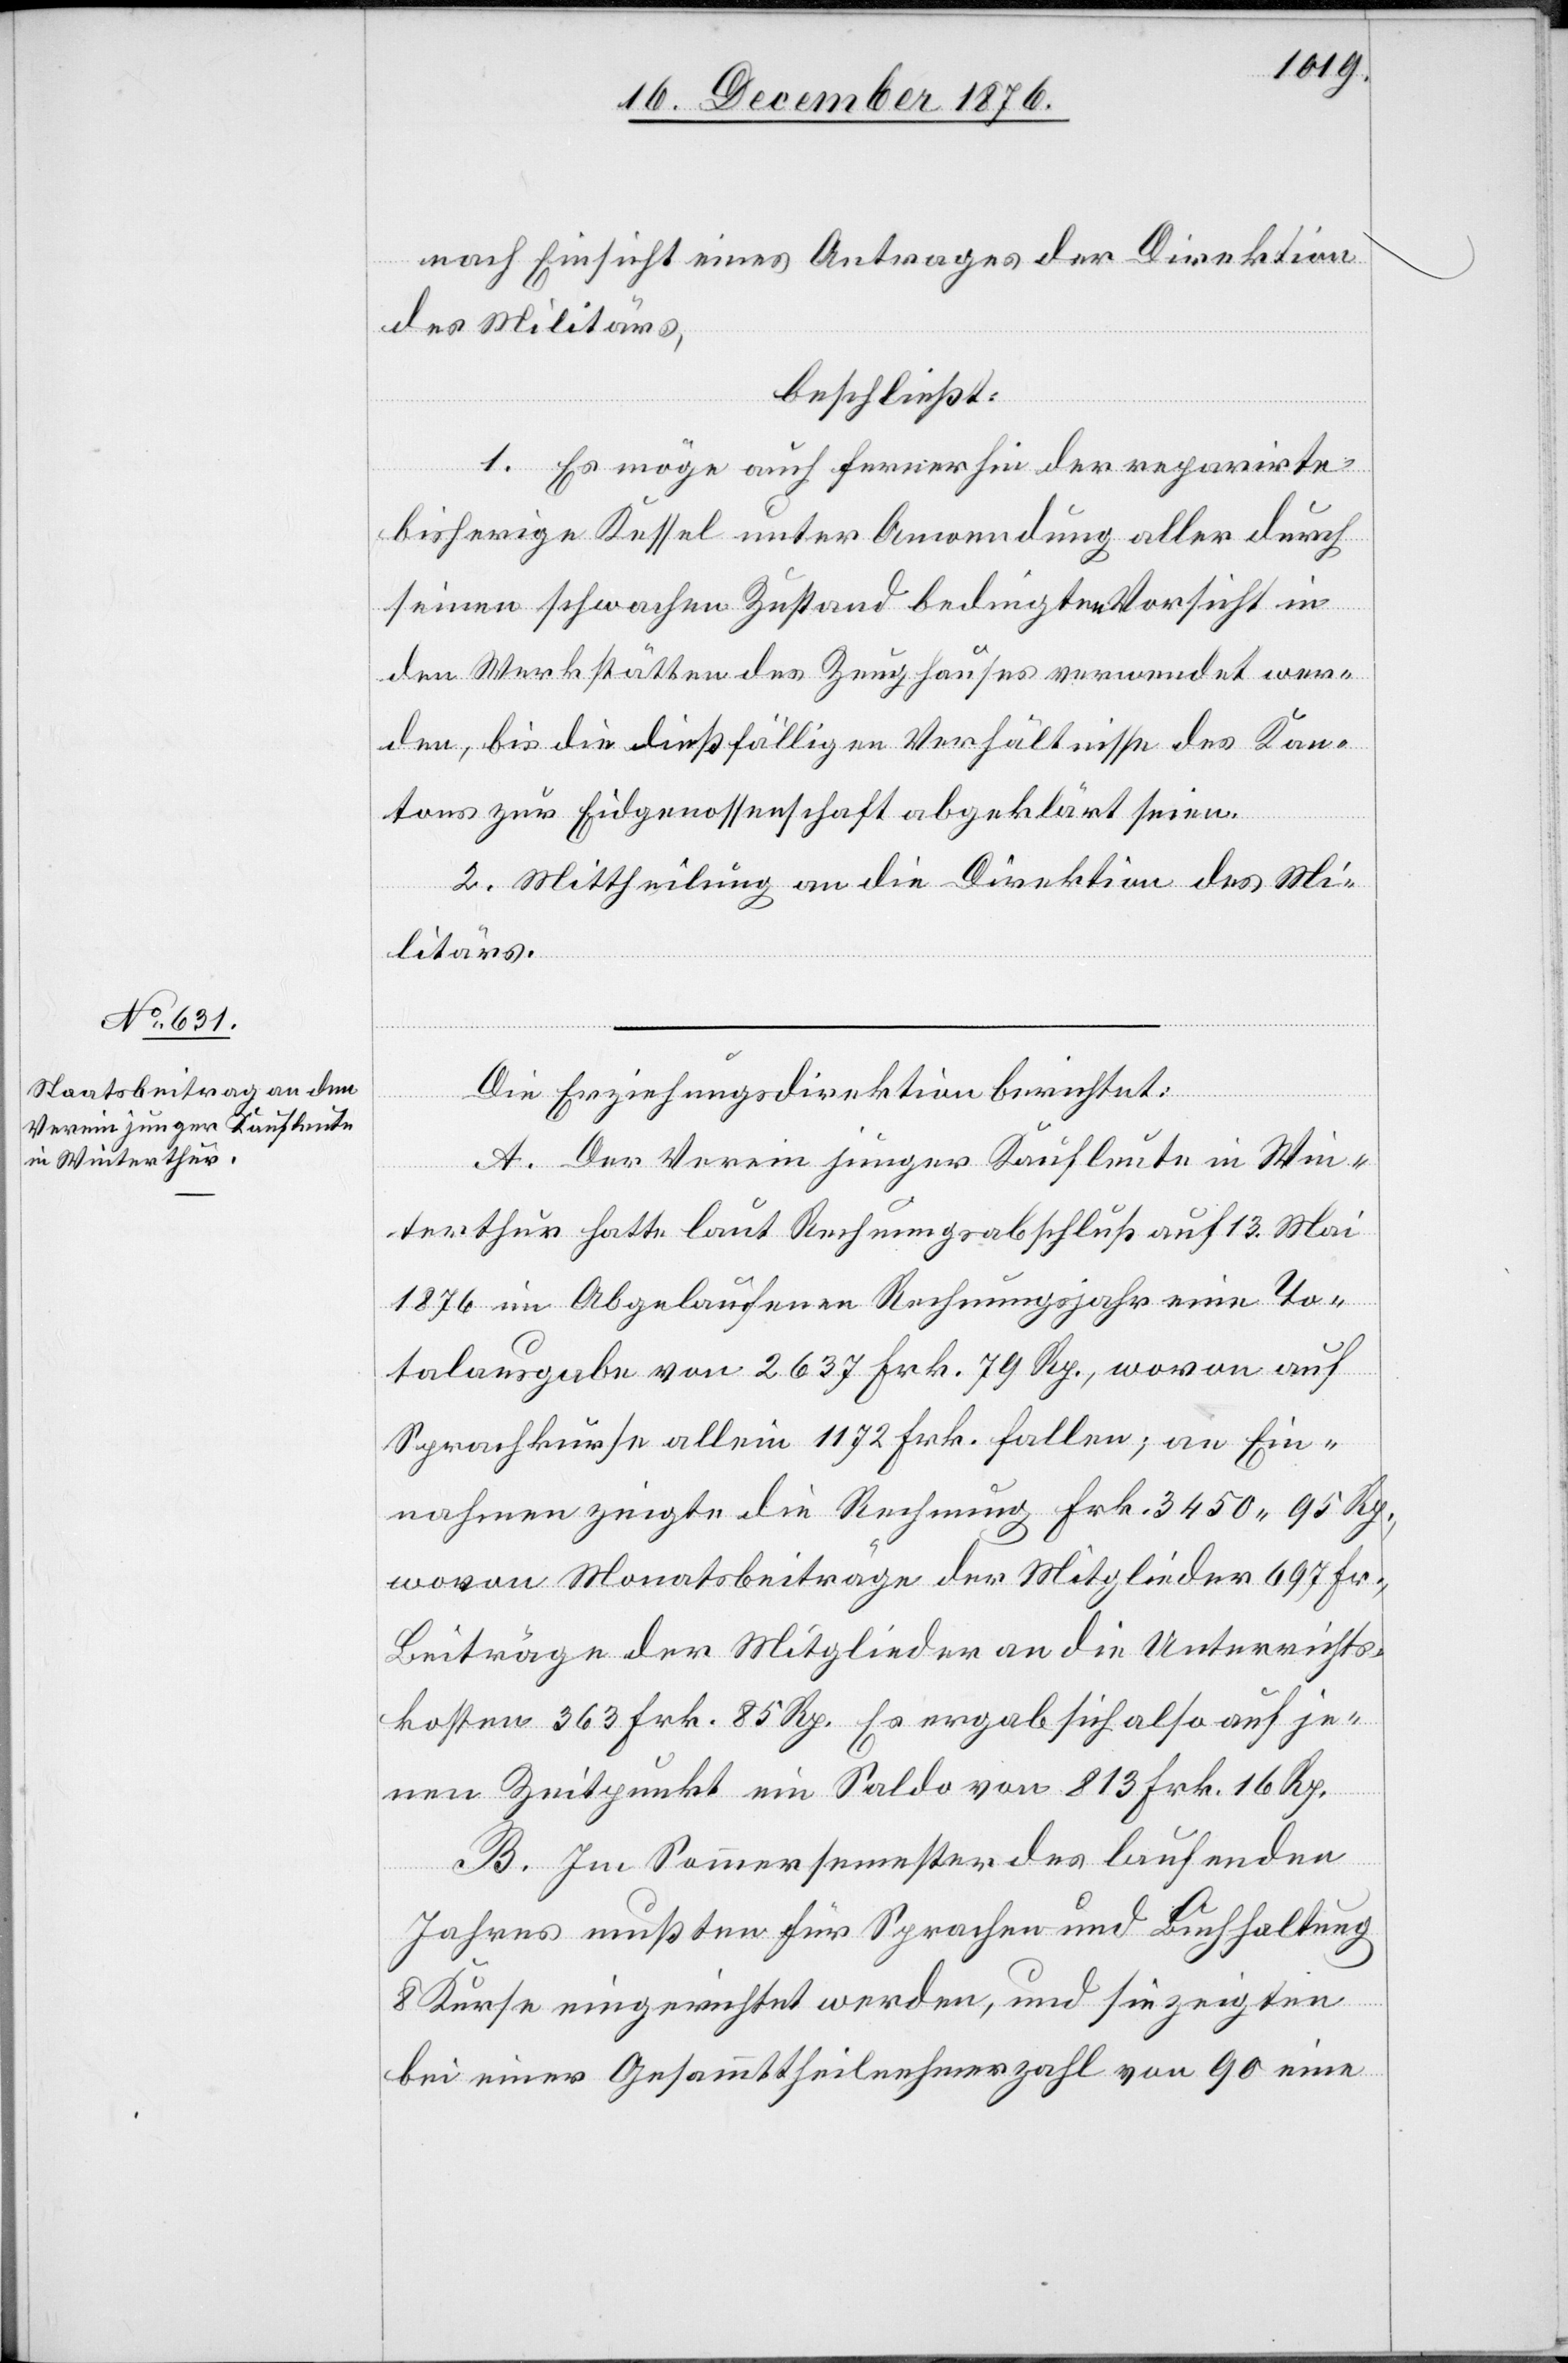
nach Einsicht eines Antrages der Direktion
des Militärs,
beschließt:
1. Es möge auch fernerhin der reparirte
bisherige Kessel unter Anwendung aller durch
seinen schwachen Zustand bedingten Vorsicht in
den Werkstätten des Zeughauses verwendet wer¬
den, bis die dießfälligen Verhältnisse des Kan¬
tons zur Eidgenossenschaft abgeklärt seien.
2. Mittheilung an die Direktion des Mi¬
litärs.
Die Erziehungsdirektion berichtet:
A. Der Verein junger Kaufleute in Win¬
terthur hatte laut Rechnungsabschluß auf 13. Mai
1876 im Abgelaufenen Rechnungsjahr eine To¬
talausgabe von 2637 Frk. 79 Rp., wovon auf
Sprachkurse allein 1172 Frk. fallen; an Ein¬
nahmen zeigte die Rechnung Frk. 3450 95 Rp.
wovon Monatsbeiträge der Mitglieder 697 Fr.,
Beiträge der Mitglieder an die Unterrichts¬
kosten 363 Frk. 85 Rp. Es ergab sich also auf je¬
nen Zeitpunkt ein Saldo von 813 Frk. 16. Rp.
B. Im Sommersemester des laufenden
Jahres mußten für Sprachen und Buchhaltung
8 Kurse eingerichtet werden, und sie zeigten
bei einer Gesammttheilnehmerzahl von 90 eine